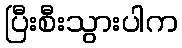
ပြီးစီးသွားပါက